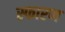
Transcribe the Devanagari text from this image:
स्फारण